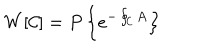
LaTeX: W [ { \cal C } ] = P \left\{ e ^ { - \oint _ { \cal C } A } \right\}